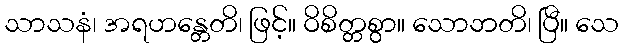
သာသနံ၊ အရဟန္တေတိ၊ ဖြင့်။ ဝိစိတ္တစွာ။ သောဘတိ၊ ပြီ။ သေ